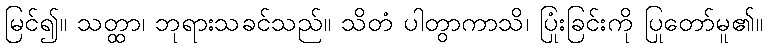
မြင်၍။ သတ္ထာ၊ ဘုရားသခင်သည်။ သိတံ ပါတွာကာသိ၊ ပြုံးခြင်းကို ပြုတော်မူ၏။